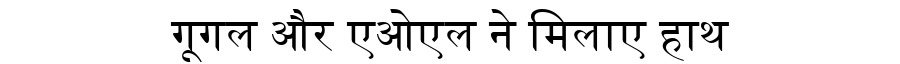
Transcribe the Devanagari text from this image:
गूगल और एओएल ने मिलाए हाथ